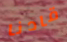
قادنا